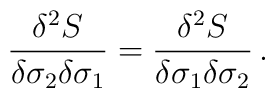
{\delta^2 S\over \delta\sigma_2\delta\sigma_1} ={\delta^2 S\over \delta\sigma_1\delta\sigma_2}\,.